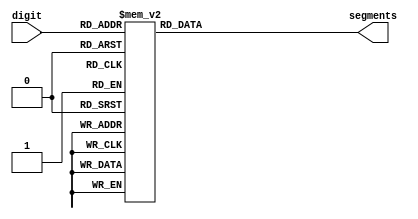
module seven_segment_display (
    input [3:0] digit,
    output reg [6:0] segments
);
    always @(*) begin
        case (digit)
            4'd0: segments <= 7'b1000000;
            4'd1: segments <= 7'b1111001;
            4'd2: segments <= 7'b0100100;
            4'd3: segments <= 7'b0110000;
            4'd4: segments <= 7'b0011001;
            4'd5: segments <= 7'b0010010;
            4'd6: segments <= 7'b0000010;
            4'd7: segments <= 7'b1111000;
            4'd8: segments <= 7'b0000000;
            4'd9: segments <= 7'b0010000;
            default: segments <= 7'b1111111; 
        endcase
    end
endmodule